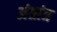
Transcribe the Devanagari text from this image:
अंग्रांत्र